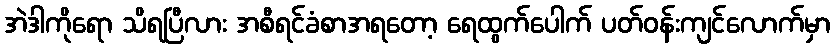
အဲဒါကိုရော သိရပြီလား အစီရင်ခံစာအရတော့ ရေထွက်ပေါက် ပတ်ဝန်းကျင်လောက်မှာ